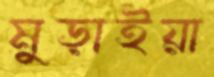
মুড়াইয়া